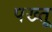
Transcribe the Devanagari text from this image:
पख्तू